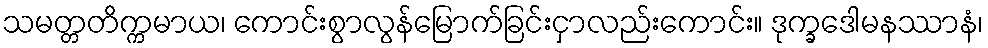
သမတ္တတိက္ကမာယ၊ ကောင်းစွာလွန်မြောက်ခြင်းငှာလည်းကောင်း။ ဒုက္ခဒေါမနဿာနံ၊